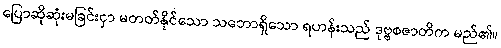
ပြောဆိုဆုံးမခြင်းငှာ မတတ်နိုင်သော သဘောရှိသော ရဟန်းသည် ဒုဗ္ဗစဇာတိက မည်၏။